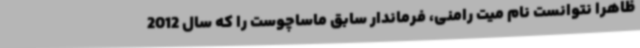
ظاهراً نتوانست نام میت رامنی، فرماندار سابق ماساچوست را که سال 2012